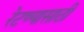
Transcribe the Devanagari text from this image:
रेटण्यासाठी